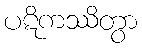
ပဋိကဿိတွာ